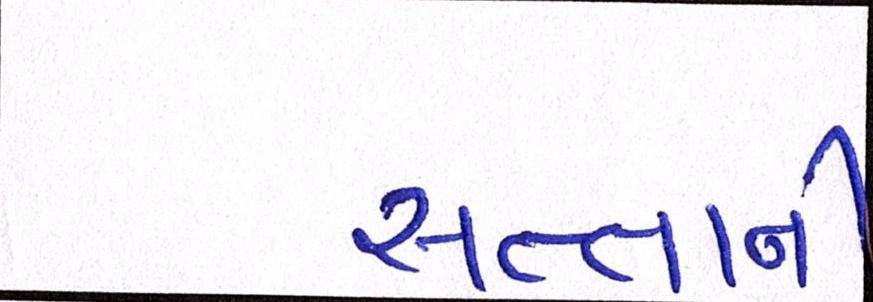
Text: સત્તાની